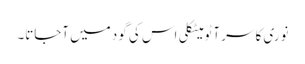
نوری کا سر آٹو میٹکلی اس کی گود میں آجاتا۔